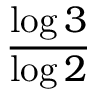
\frac { \log 3 } { \log 2 }